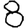
Digit: 8